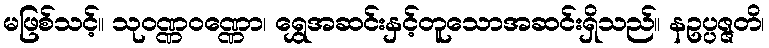
မဖြစ်သင့်။ သုဝဏ္ဏဝဏ္ဏော၊ ရွှေအဆင်းနှင့်တူသောအဆင်းရှိသည်။ နဥပ္ပဇ္ဇတိ၊